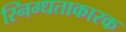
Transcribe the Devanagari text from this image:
स्निग्धताकारक